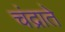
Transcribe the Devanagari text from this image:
चंद्राते